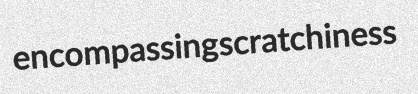
encompassing scratchiness